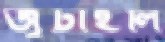
জুটাইলি